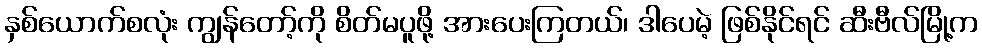
နှစ်ယောက်စလုံး ကျွန်တော့်ကို စိတ်မပူဖို့ အားပေးကြတယ်၊ ဒါပေမဲ့ ဖြစ်နိုင်ရင် ဆီးဗီလ်မြို့က